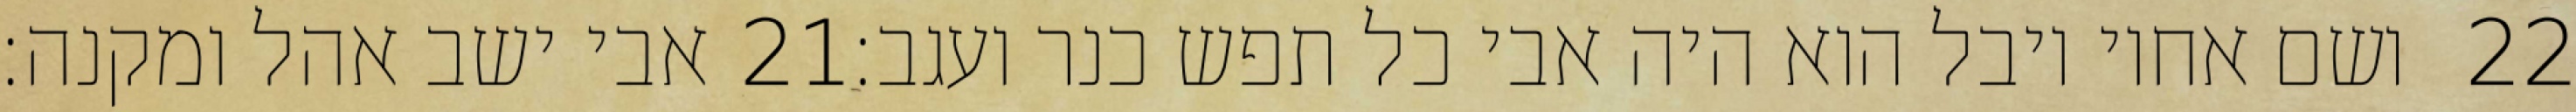
אבי ישב אהל ומקנה׃ ‎21‏ ושם אחיו יובל הוא היה אבי כל תפש כנר ועגב׃ ‎22‏